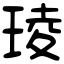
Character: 𤦫